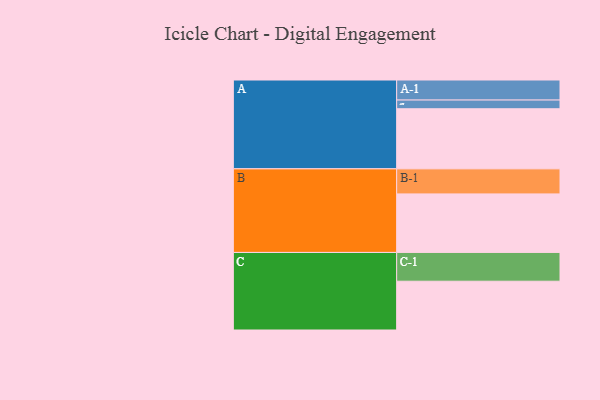
{"axis": {"x": "Segment", "y": "Value"}, "legend": ["", "A", "B", "C"], "data": [{"x": "A", "y": 537, "type": ""}, {"x": "B", "y": 523, "type": ""}, {"x": "C", "y": 436, "type": ""}, {"x": "A-1", "y": 179, "type": "A"}, {"x": "A-2", "y": 78, "type": "A"}, {"x": "B-1", "y": 224, "type": "B"}, {"x": "C-1", "y": 257, "type": "C"}]}